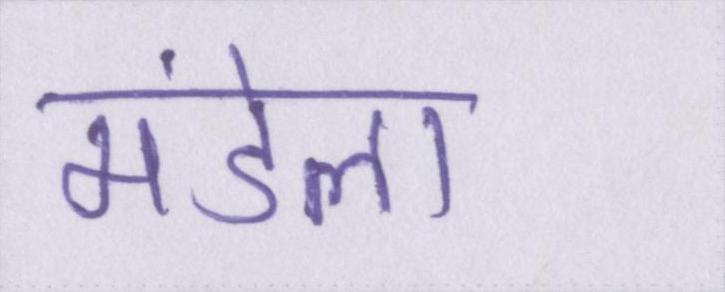
मंडेला